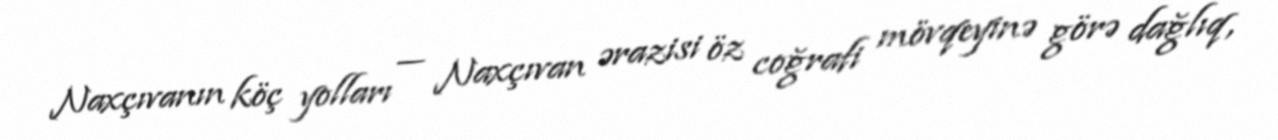
Naxçıvanın köç yolları — Naxçıvan ərazisi öz coğrafi mövqeyinə görə dağlıq,